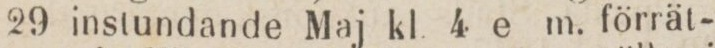
29 instundande Maj kl 4 e m. förrät-